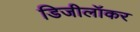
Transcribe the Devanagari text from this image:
डिजीलॉकर